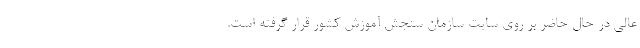
عالی در حال حاضر بر روی سایت سازمان سنجش آموزش کشور قرار گرفته است.